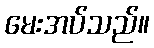
မေးအပ်သည်။